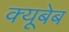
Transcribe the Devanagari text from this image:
क्यूबेब